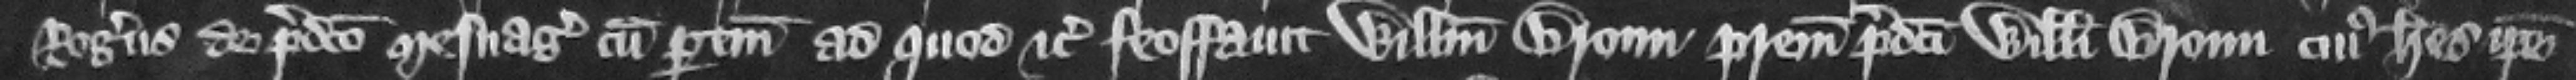
Rogerus de predicto mesuagio cum pertinencis ad quod etc. feoffauit Willelmum Broun patrem predicti Willelmi Broun cuius heres ipse